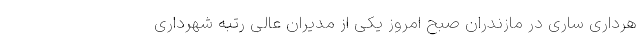
هرداری ساری در مازندران صبح امروز یکی از مدیران عالی رتبه شهرداری